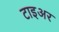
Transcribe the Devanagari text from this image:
टाइअर